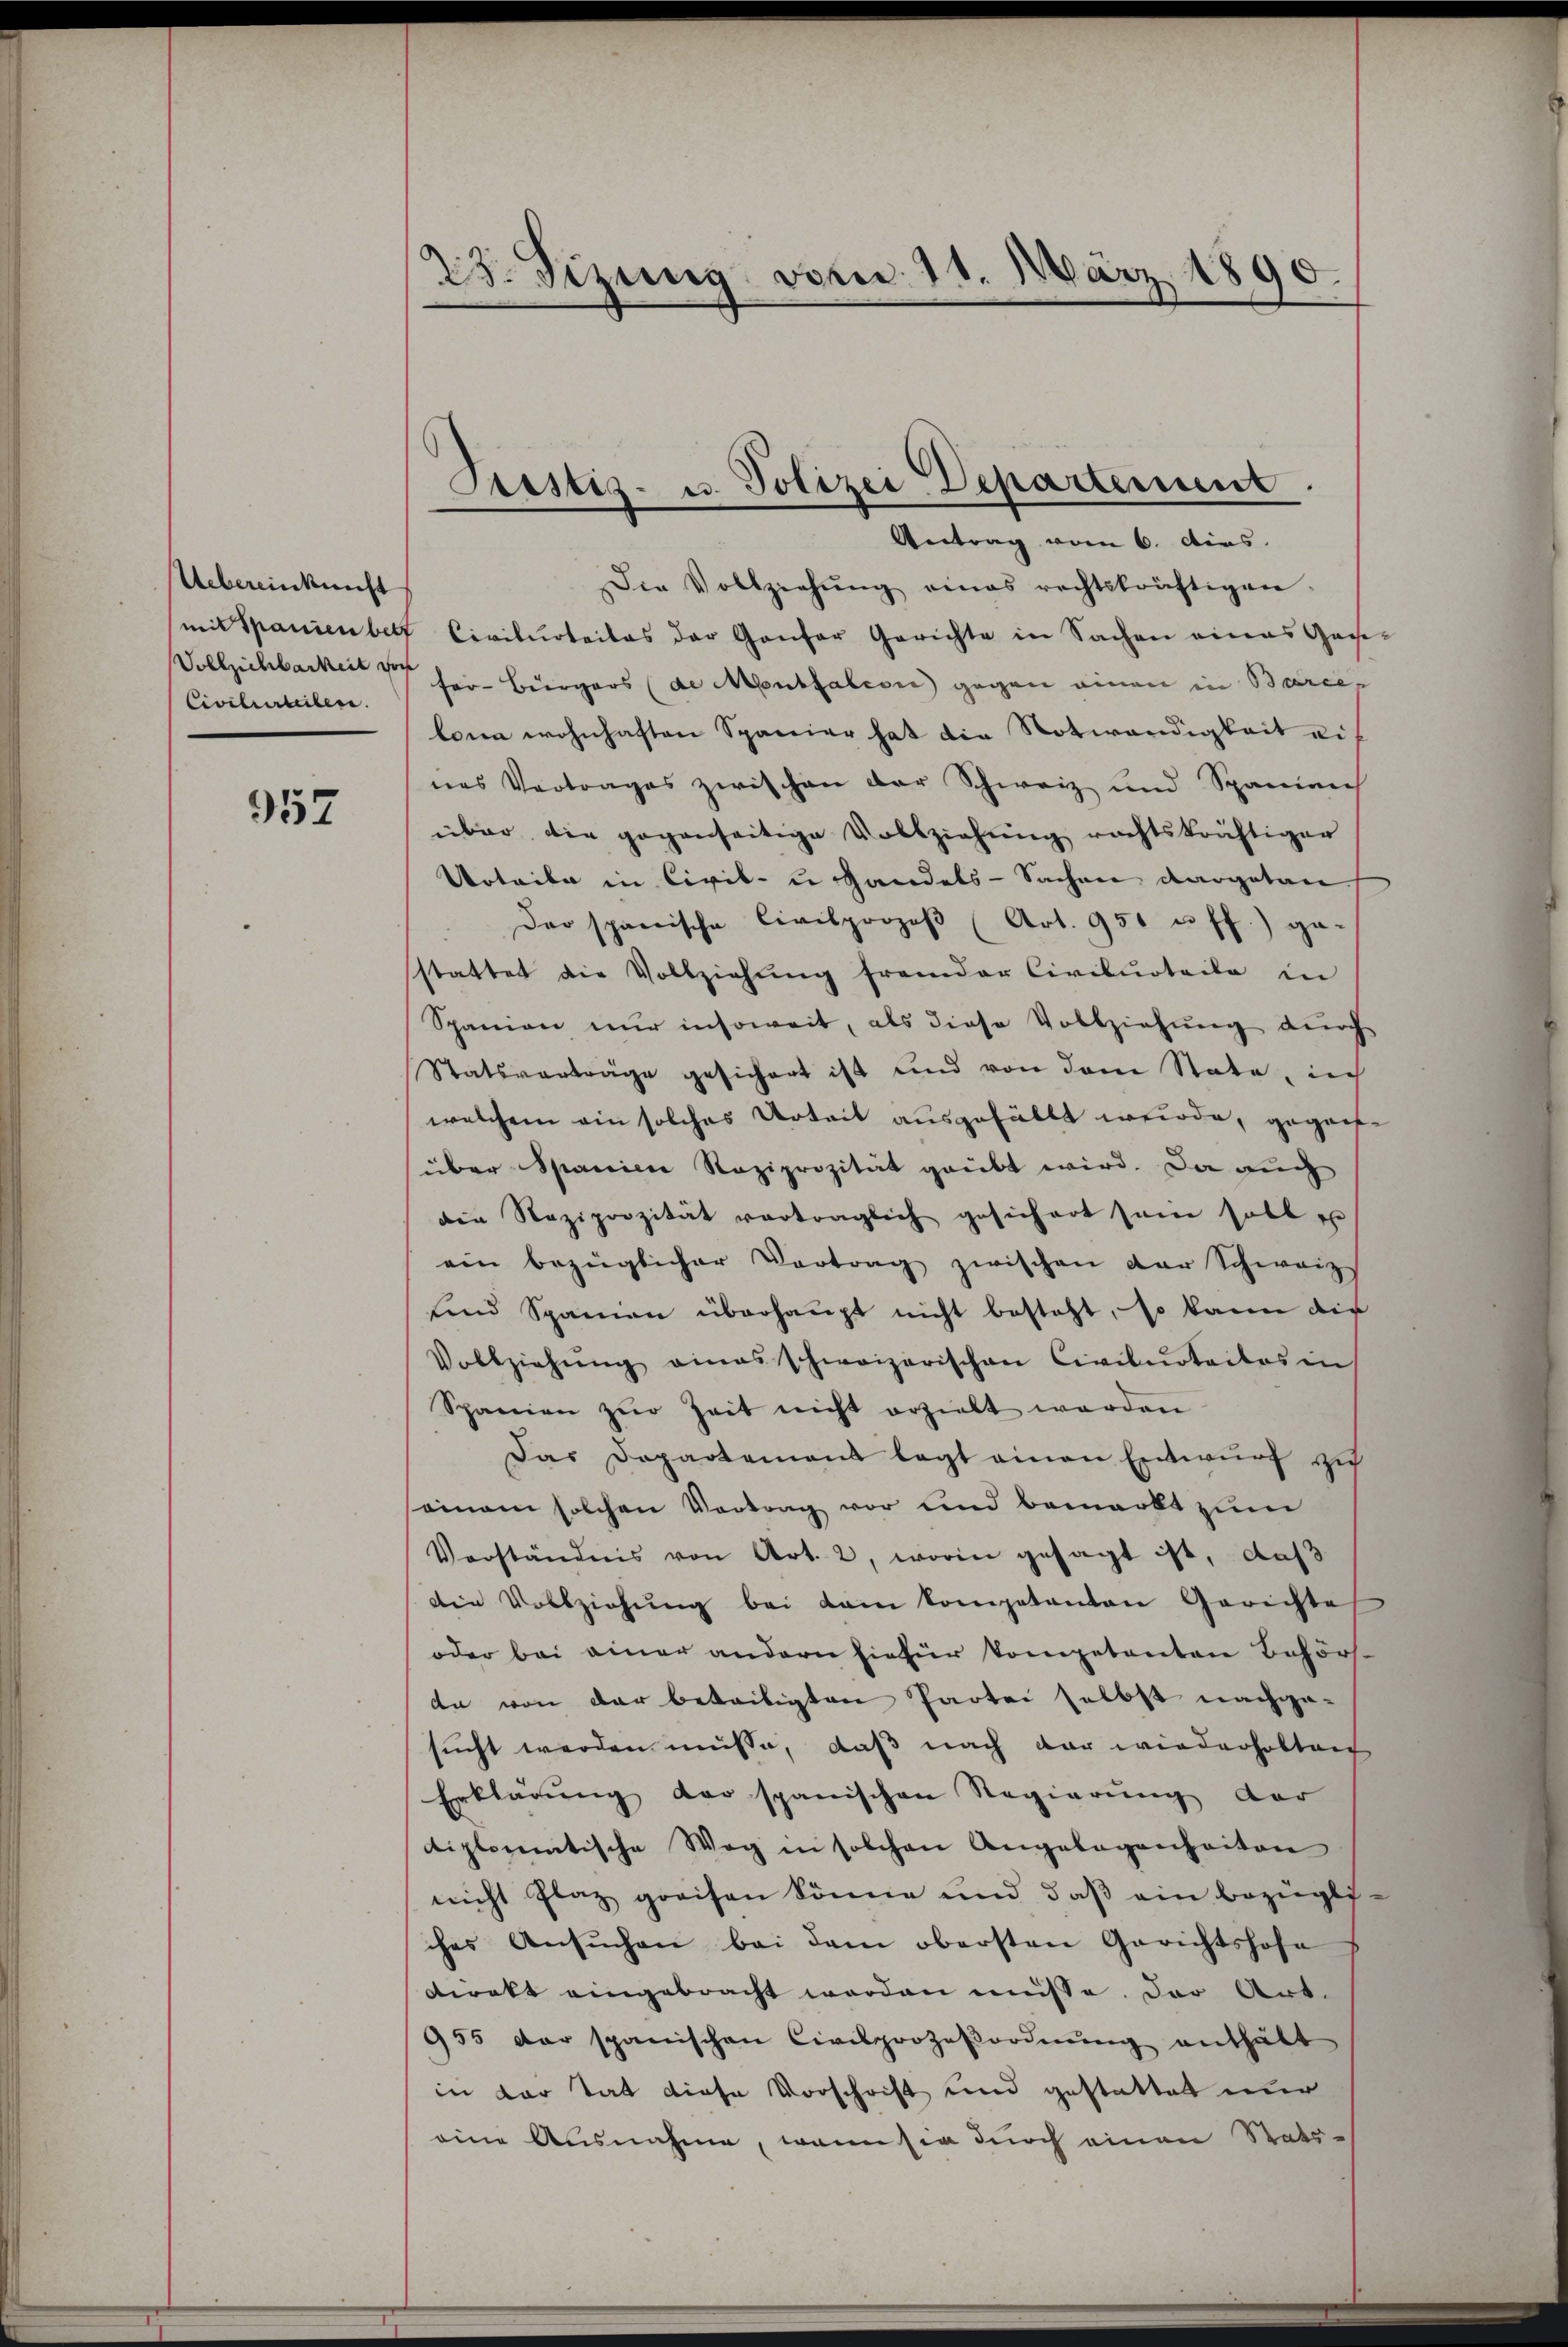
Uebereinkunft
Civilverteilen.

957

23. Sizung von 11. März 1890
n
A

Antrag vom 6. dies
Die Vollziehŭng eines rechtskräftigen,
mit Spanienbett Civilurteiles der Genfer Gerichte in Sachen eines Gese¬
Vollziehbarkeit der Herr Bergers (de Moussation gegen einen in Barce,
lona wohnhaften Spanier hat die Notwendigkeit eines Vertrages zwischen der Schweiz und Spanien
über die gegenseitige Vollziehung rechtskräftiger
Urteile in Civil- u Handels-Sachen dargetan
Der spanische Civilprozeβ (Art. 951 u. ff.) ge-
stattet die Vollziehŭng fremder Civilurteile in
Spanien nur insoweit, als diese Vollziehung durch
Statsverträge gesichert ist und von dem State, in
welchem ein solches Urteit ausgefällt wurde, gegensüber Spanien Reziprozität geübt wird. Da auch
die Reziporzität vertraglich gesichert sein soll e
ein bezüglicher Vertrag zwischen der Schweiz
und Spanien überhaupt nicht besteht, so kann die
Vollziehŭng einerschweizerischen Civilurteiles in
Spanien zur Zeit nicht erzielt werden
Das Departement legt einen Entwurf zu
soman solchen Vortrag vor und bemerkt zum
Verständnis von Art. 2, worin gesagt ist, das
Die Vollziehŭng bei dem komptanton Gerichte
oder bei einer andern hiefür kompetenten Behör
dn von der beteiligten Partei selbst nachge-
sucht werden müsse, daß nach dar wiederholten
Erklärung der spanischen Regierung der
diplomatische Weg in solchen Angelegenheiten
nicht Plaz greifen könne und daß ein bezügli-
ches Ansŭchen bei dem obersten Gerichtshofe
direkt eingebracht werden müsse. Der Art.
955 der spanischen Civilprozeβordnŭng enthält
in der tat diese Vorschrift und gestattet nur
eine Ausnahme, wenn sie durch einen Stats-

Custiz- u. Polizei Departement.